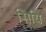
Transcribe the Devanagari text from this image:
सियि